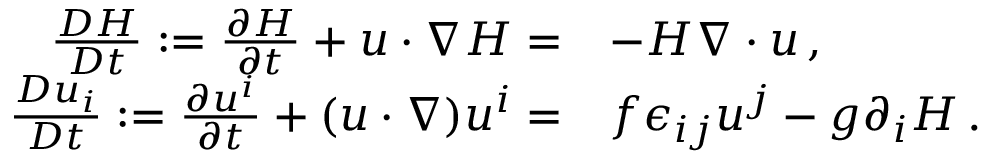
\begin{array} { r l } { \frac { D { \cal H } } { D t } : = \frac { \partial { \cal H } } { \partial t } + u \cdot \nabla { \cal H } = } & { - { \cal H } \nabla \cdot u \, , } \\ { \frac { D u _ { i } } { D t } : = \frac { \partial u ^ { i } } { \partial t } + ( u \cdot \nabla ) u ^ { i } = } & { f \epsilon _ { i j } u ^ { j } - g \partial _ { i } { \cal H } \, . } \end{array}